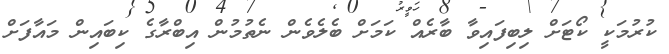
ކުރުމަކީ ކޯޓަށް ލިބިފައިވާ ބާރެއް ކަމަށް ބެލެވެން ނެތުމުން އިބްރާގެ ކިބައިން މައާފަށް